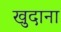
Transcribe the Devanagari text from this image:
खुदाना